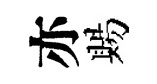
亦賜